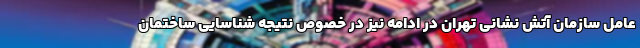
عامل سازمان آتش نشانی تهران در ادامه نیز در خصوص نتیجه شناسایی ساختمان